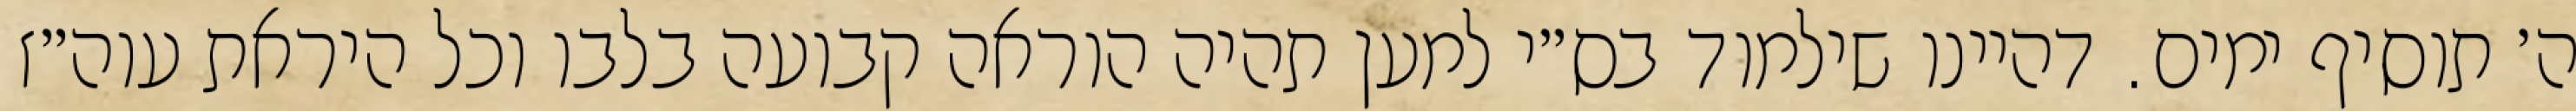
ה׳ תוסיף ימים. דהיינו שילמוד בס״י למען תהיה הוראה קבועה בלבו וכל היראת עוה״ז